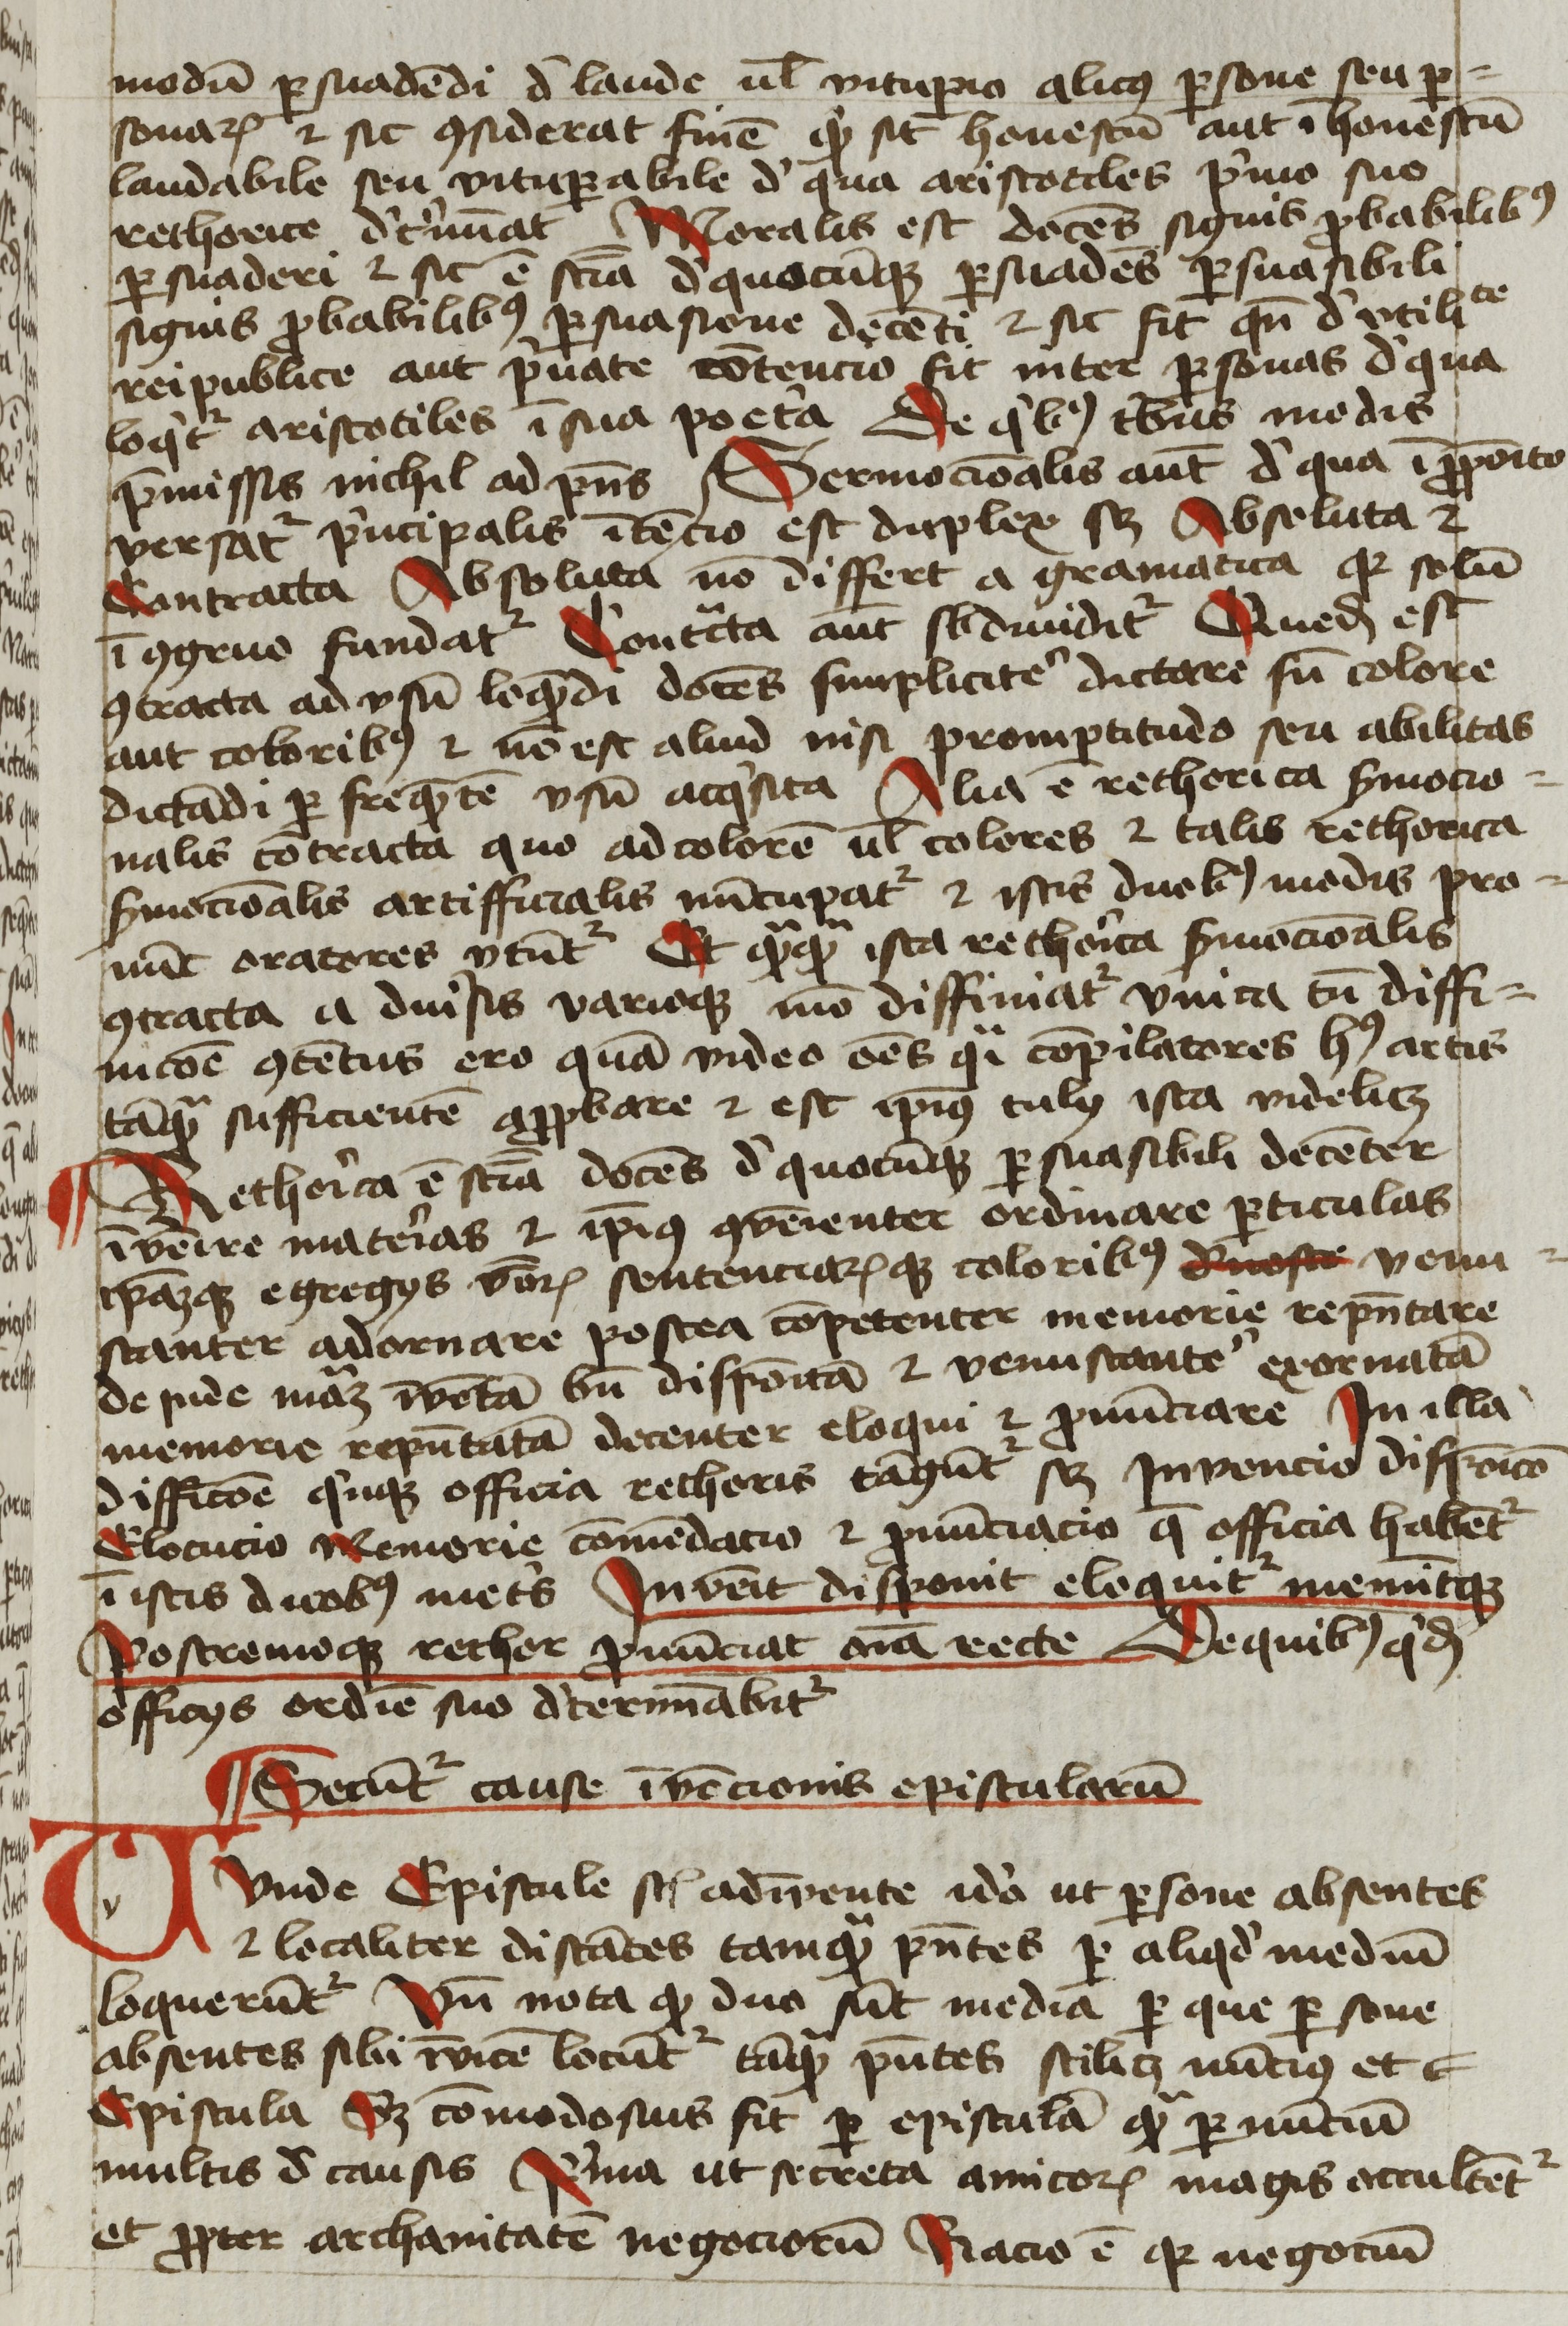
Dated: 1425–1449